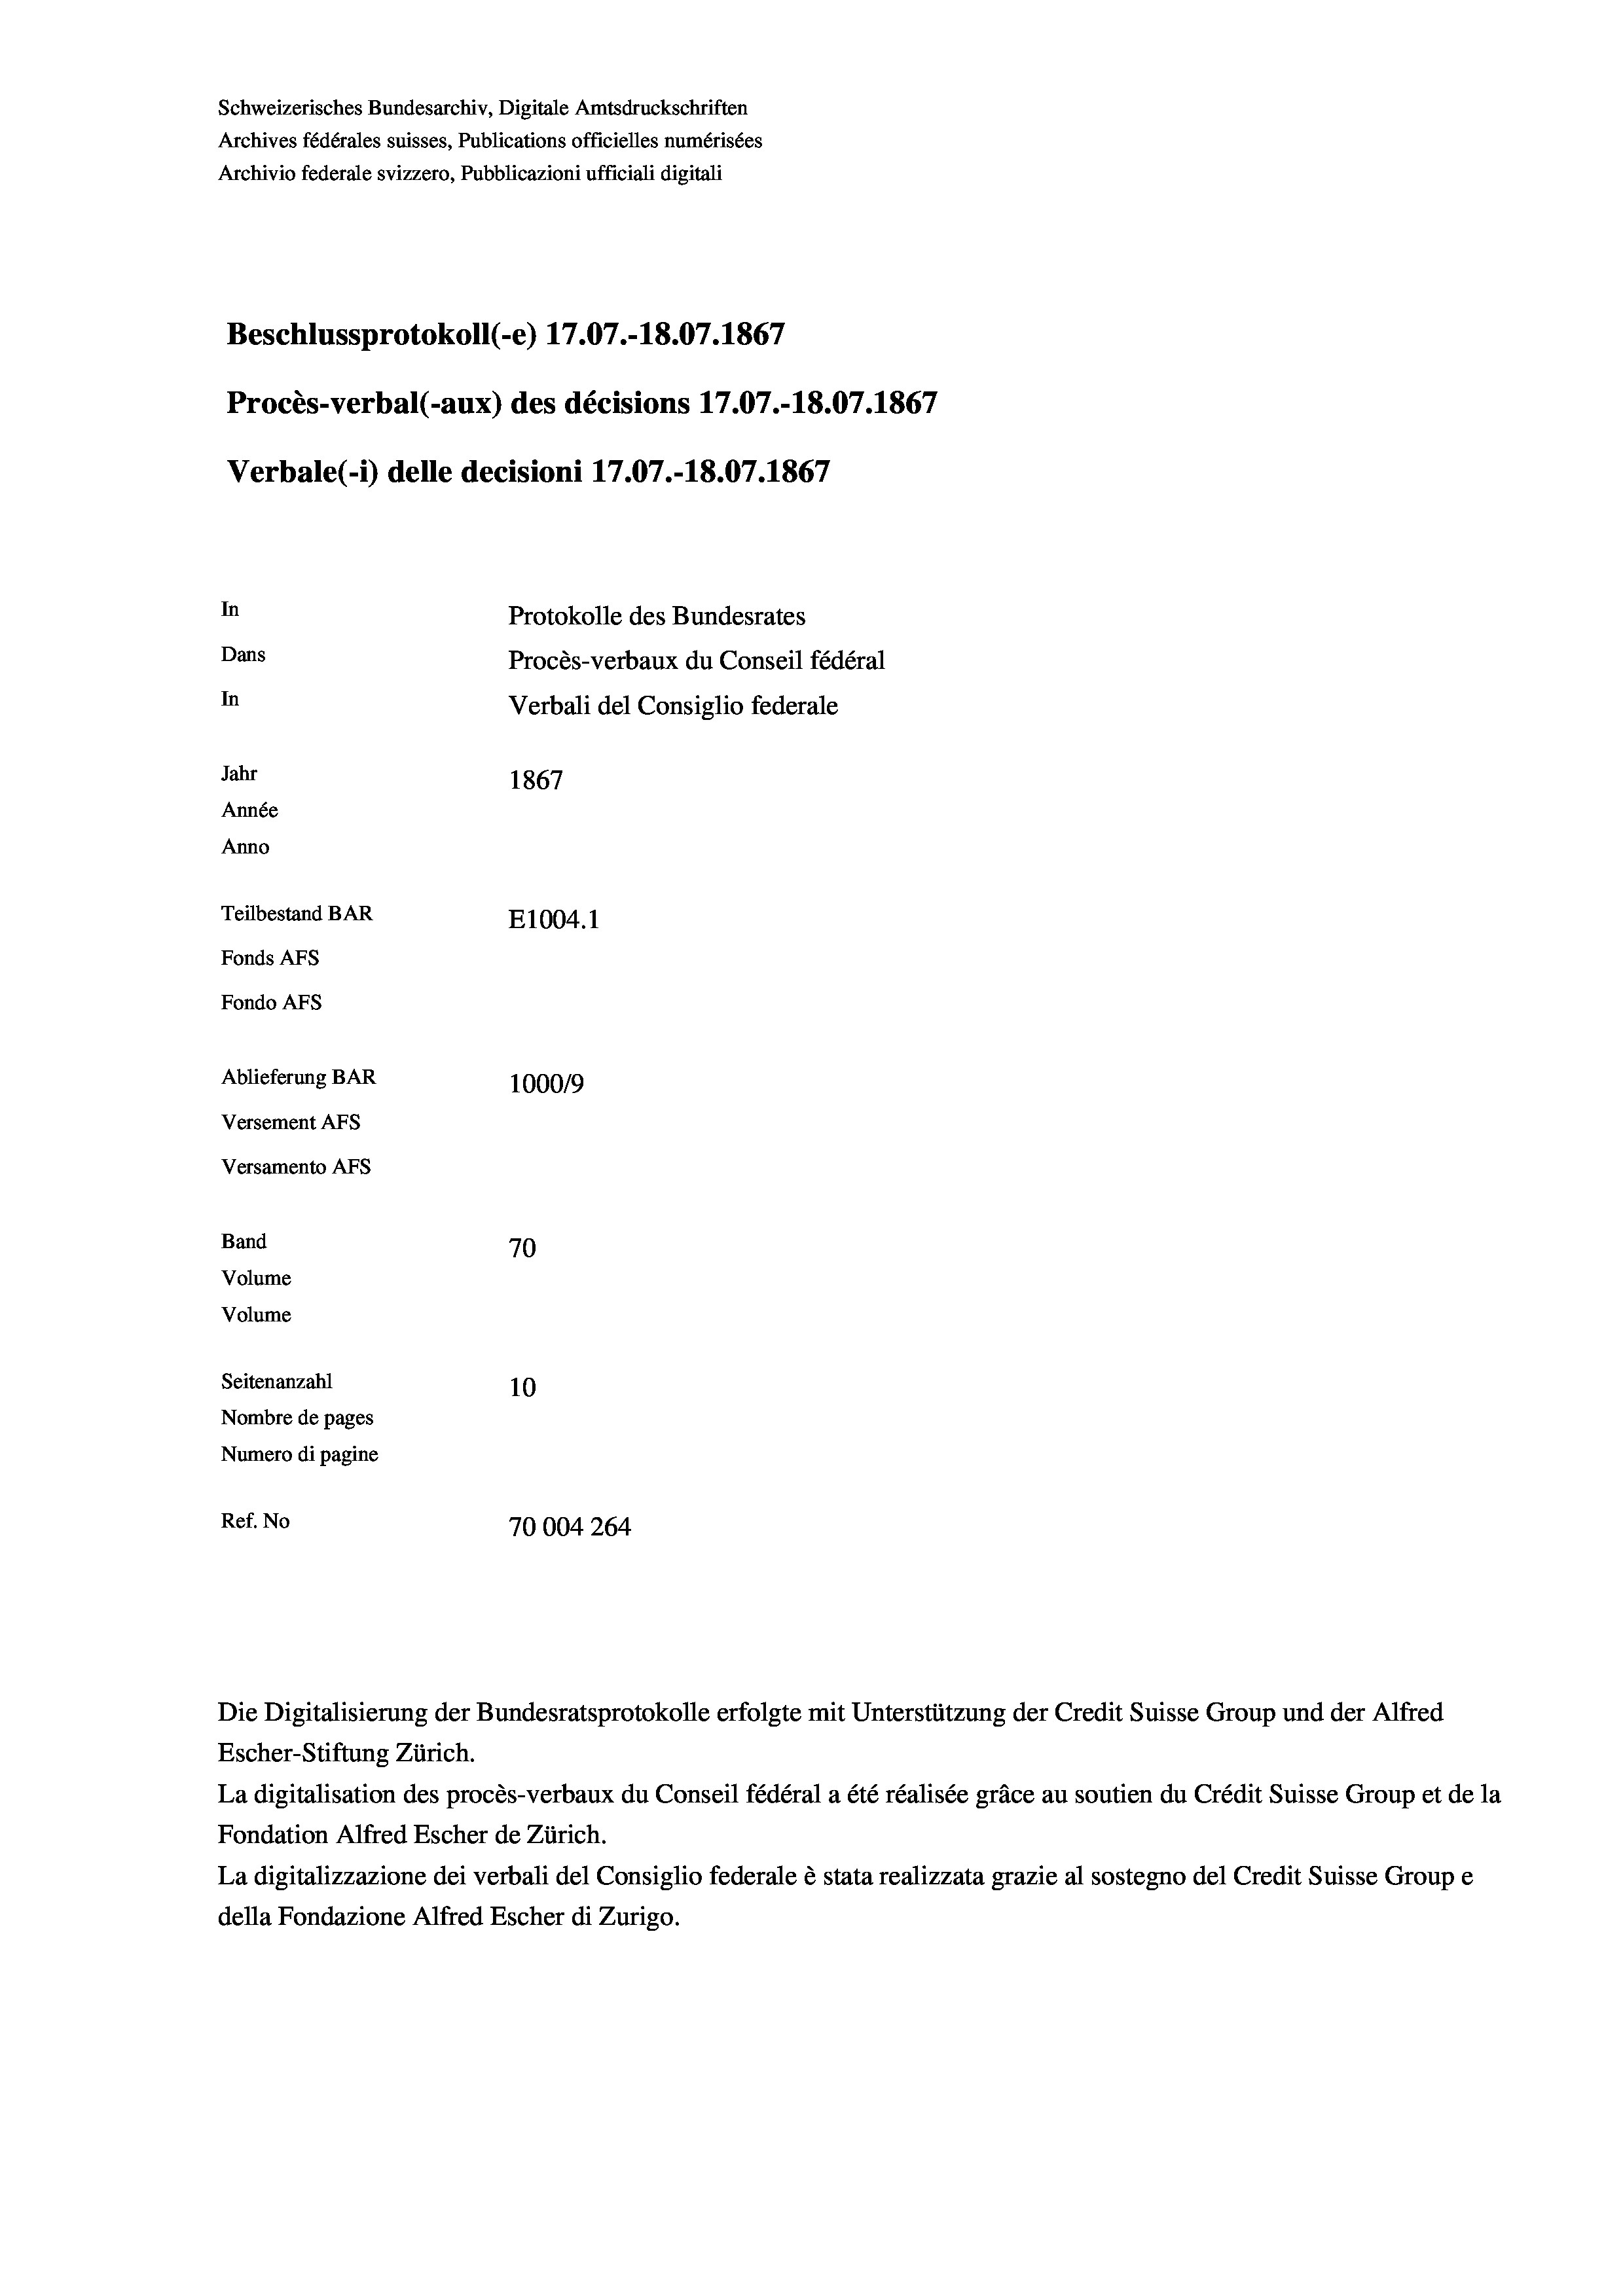
Schweizerisches Bundesarchiv, Digitale Amtsdruckschriften
Archives fédérales suisses, Publications officielles numérisées
Archivio federale svizzero, Pubblicazioni ufficiali digitali
Beschlussprotokoll (-e) 17.07.-18.07. 1867
Procès-verbal (-aux) des décisions 17.07.-18.07. 1867
Verbale (i) delle decisioni 17.07.-18.07. 1867
In
Protokolle des Bundesrates
Dans
Procès-verbaux du Conseil fédéral
In
Verbali del Consiglio federale
Jahr
1867
Année
Anno
Teilbestand BAR
E1004.1
Fonds AFs
Fondo Afs
Ablieferung BAR
100019
Versement Ans
Versamento Afs
Band
70
Volume
Volume
Seitenanzahl
10
Nombre de pages
Numero di pagine
Ref. No
70004264

La digitalisation des procès-verbaux du Conseil fédéral a été réalisée gräce au soutien du Crédit Suisse Group et de la
Fondation Alfred Escher de Zürich.
La digitalizzazione dei verbali del Consiglio federale è stata realizzata grazie al sostegno del Credit Suisse Groupe
della Fondazione Alfred Escher di Zurigo.

Escher-Stiftung Zürich.

Die Digitalisierung der Bundesratsprotokolle erfolgte mit Unterstützung der Credit Suisse Group und der Alfred